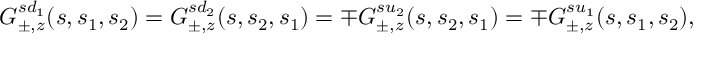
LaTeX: { \cal G } _ { \pm , z } ^ { s d _ { 1 } } ( s , s _ { 1 } , s _ { 2 } ) = { \cal G } _ { \pm , z } ^ { s d _ { 2 } } ( s , s _ { 2 } , s _ { 1 } ) = \mp { \cal G } _ { \pm , z } ^ { s u _ { 2 } } ( s , s _ { 2 } , s _ { 1 } ) = \mp { \cal G } _ { \pm , z } ^ { s u _ { 1 } } ( s , s _ { 1 } , s _ { 2 } ) ,